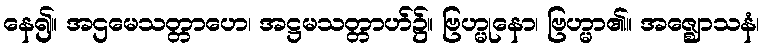
နေ၍။ အဌမေသတ္တာဟေ၊ အဋ္ဌမသတ္တာဟ်၌။ ဗြဟ္မုနော၊ ဗြဟ္မာ၏။ အဇ္ဈောသနံ၊